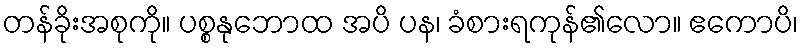
တန်ခိုးအစုကို။ ပစ္စနုဘောထ အပိ ပန၊ ခံစားရကုန်၏လော။ ဧကောပိ၊